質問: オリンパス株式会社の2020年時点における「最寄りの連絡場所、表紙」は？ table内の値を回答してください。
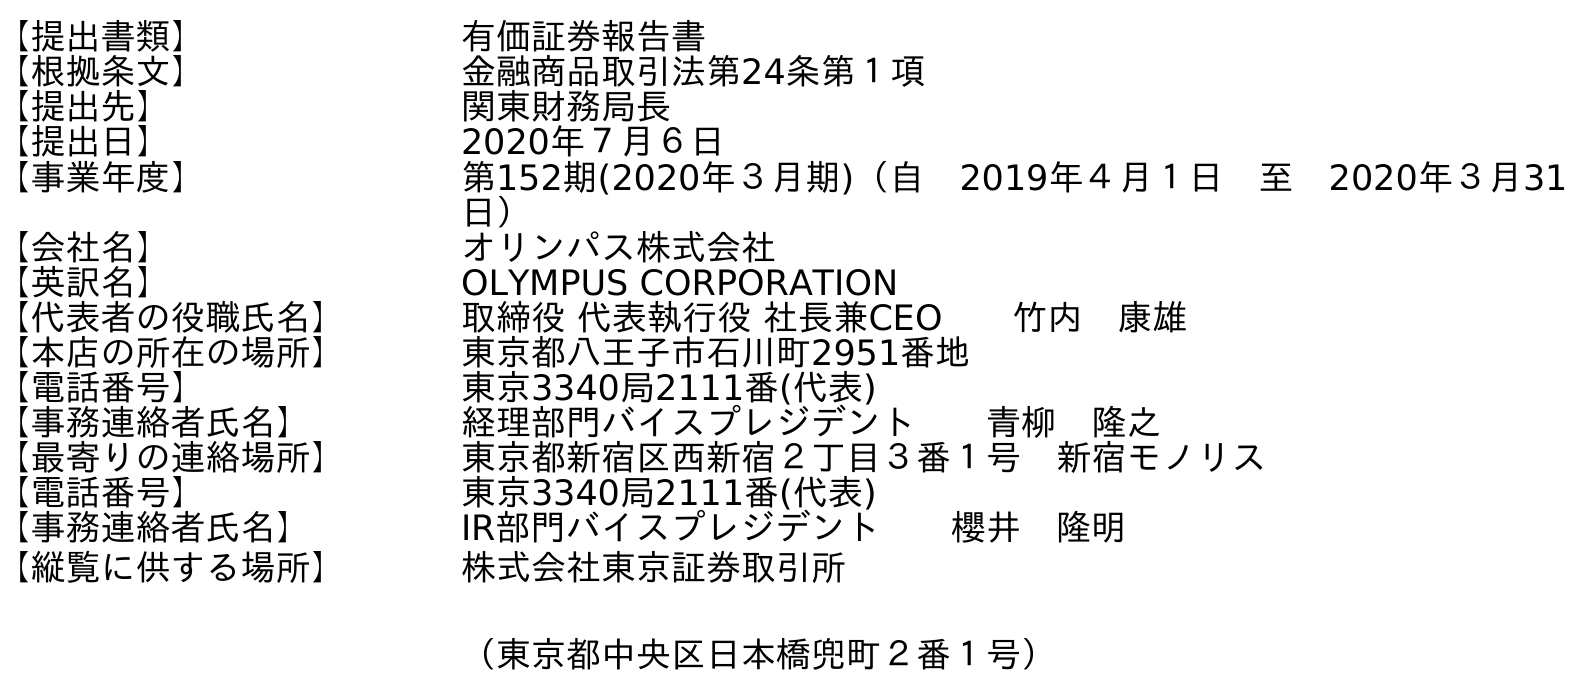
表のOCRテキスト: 【提出書類】 有価証券報告書 【根拠条文】 金融商品取引法第24条第１項 【提出先】 関東財務局長 【提出日】 2020年７月６日 【事業年度】 第152期(2020年３月期)（自 2019年４月１日 至 2020年３月31 日） 【会社名】 オリンパス株式会社 【英訳名】 OLYMPUS CORPORATION 【代表者の役職氏名】 取締役 代表執行役 社長兼CEO  竹内 康雄 【本店の所在の場所】 東京都八王子市石川町2951番地 【電話番号】 東京3340局2111番(代表) 【事務連絡者氏名】 経理部門バイスプレジデント  青柳 隆之 【最寄りの連絡場所】 東京都新宿区西新宿２丁目３番１号 新宿モノリス 【電話番号】 東京3340局2111番(代表) 【事務連絡者氏名】 IR部門バイスプレジデント  櫻井 隆明 【縦覧に供する場所】 株式会社東京証券取引所 （東京都中央区日本橋兜町２番１号）
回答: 東京都新宿区西新宿２丁目３番１号　新宿モノリス